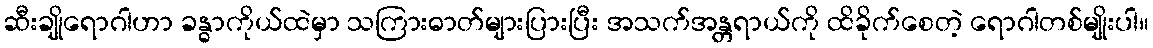
ဆီးချိုရောဂါဟာ ခန္ဓာကိုယ်ထဲမှာ သကြားဓာတ်များပြားပြီး အသက်အန္တရာယ်ကို ထိခိုက်စေတဲ့ ရောဂါတစ်မျိုးပါ။